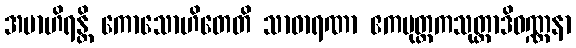
အဗာဟိရန္တိ ကောသောဟိတေတိ သာဓာရဏာ ဧကပုတ္တကသုတ္တာဒိဝဏ္ဏနာ